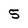
Character: 5